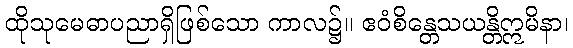
ထိုသုမေဓာပညာရှိဖြစ်သော ကာလ၌။ ဧဝံစိန္တေသယန္တိဣမိနာ၊